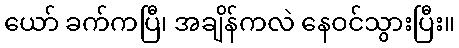
ယော် ခက်ကပြီ၊ အချိန်ကလဲ နေဝင်သွားပြီး။